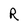
Character: R